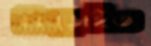
ধেব্‌ড়াইত